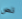
نص